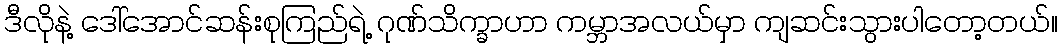
ဒီလိုနဲ့ ဒေါ်အောင်ဆန်းစုကြည်ရဲ့ ဂုဏ်သိက္ခာဟာ ကမ္ဘာအလယ်မှာ ကျဆင်းသွားပါတော့တယ်။